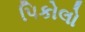
પિકોલો